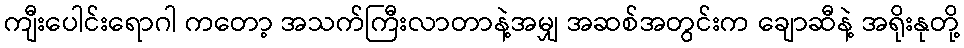
ကျီးပေါင်းရောဂါ ကတော့ အသက်ကြီးလာတာနဲ့အမျှ အဆစ်အတွင်းက ချောဆီနဲ့ အရိုးနုတို့